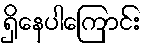
ရှိနေပါကြောင်း